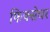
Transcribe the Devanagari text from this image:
फिक्सेचर